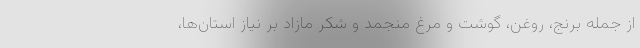
از جمله برنج، روغن، گوشت و مرغ منجمد و شکر مازاد بر نیاز استان‌ها،